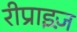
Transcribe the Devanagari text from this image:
रीप्राइज़